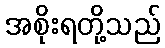
အစိုးရတို့သည်